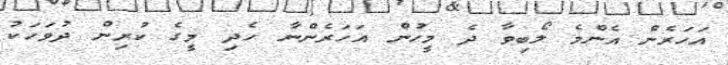
އަހަރެން އެންމެ ލޯބިވާ ދެ މީހުން އަހަރެންނާ ހެދި މީގެ ކުރިން ދުވަހަކު